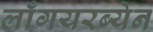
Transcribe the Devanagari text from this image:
लाँगयरब्येन